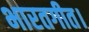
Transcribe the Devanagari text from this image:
भारतगीत।